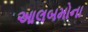
આલબમોના